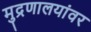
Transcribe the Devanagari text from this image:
मुद्रणालयांवर